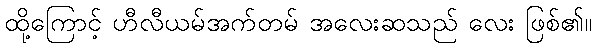
ထို့ကြောင့် ဟီလီယမ်အက်တမ် အလေးဆသည် လေး ဖြစ်၏။